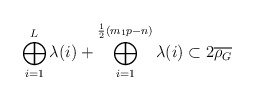
\begin{align*} \bigoplus_{i=1}^L \lambda(i) + \bigoplus_{i=1}^{\frac{1}{2}(m_1p-n)} \lambda(i) \subset 2\overline{\rho_G}\end{align*}